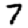
Digit: 7